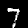
Label: 7